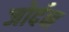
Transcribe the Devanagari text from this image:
जोर्दन